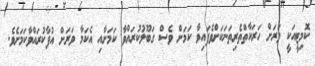
ކޮމިޓީއަކީ ވަރަށް ހަރަކާތްތެރިތަނަކަށްވެފައިވާ ކަމަށް ވެސް ގަބޫލުކުރައްވާ ކަމަށާއި އެކަމާ ވަރަށް އުފާކުރައްވާކަމަށެވެ.